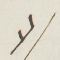
لا